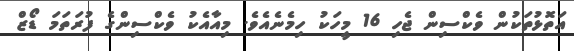
އަތޮޅުތަކުން ވެކްސިން ޖެހި 16 މީހަކު ހިމެނެއެވެ. މިއާއެކު ވެކްސިންގެ ފުރަތަމަ ޑޯޒް